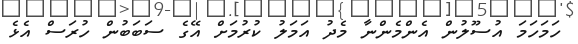
ހަމަހަމަ އުސޫލުން އެންމެންނާ މެދު އަމަލު ކުރުމަށް އޭގެ ސަބަބުން ހުރަސް އެޅެ